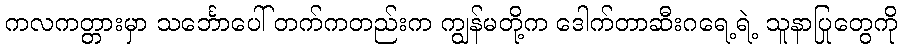
ကလကတ္တားမှာ သင်္ဘောပေါ် တက်ကတည်းက ကျွန်မတို့က ဒေါက်တာဆီးဂရေ့ရဲ့ သူနာပြုတွေကို